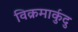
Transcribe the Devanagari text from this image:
विक्रमार्कुदु